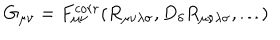
LaTeX: G _ { \mu \nu } = F _ { \mu \nu } ^ { c o r r } ( R _ { \mu \nu \lambda \sigma } , D _ { \delta } R _ { \mu \nu \lambda \sigma } , \dots )